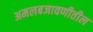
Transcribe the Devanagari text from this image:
अमलबजावणीतील